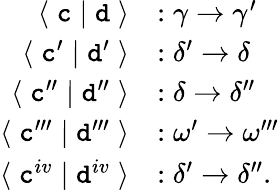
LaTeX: \begin{array}{rl}{\langle\; \textnormal{\texttt{c}}\; |\; \textnormal{\texttt{d}}\; \rangle}&{:\gamma\to\gamma^{\prime}}\\ {\langle\; \textnormal{\texttt{c}}^{\prime}\; |\; \textnormal{\texttt{d}}^{\prime}\; \rangle}&{:\delta^{\prime}\to\delta}\\ {\langle\; \textnormal{\texttt{c}}^{\prime\prime}\; |\; \textnormal{\texttt{d}}^{\prime\prime}\; \rangle}&{:\delta\to\delta^{\prime\prime}}\\ {\langle\; \textnormal{\texttt{c}}^{\prime\prime\prime}\; |\; \textnormal{\texttt{d}}^{\prime\prime\prime}\; \rangle}&{:\omega^{\prime}\to\omega^{\prime\prime\prime}}\\ {\langle\; \textnormal{\texttt{c}}^{iv}\; |\; \textnormal{\texttt{d}}^{iv}\; \rangle}&{:\delta^{\prime}\to\delta^{\prime\prime}.}\end{array}